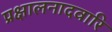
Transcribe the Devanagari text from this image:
प्रक्षालनादवारि